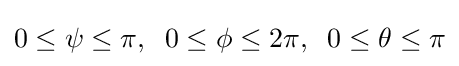
0\leq \psi \leq \pi ,\;\;0\leq \phi \leq 2\pi ,\;\;0\leq \theta \leq \pi